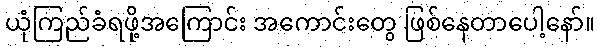
ယုံကြည်ခံရဖို့အကြောင်း အကောင်းတွေ ဖြစ်နေတာပေါ့နော်။